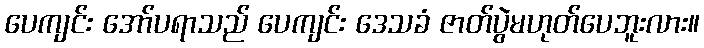
ပေကျင်း အော်ပရာသည် ပေကျင်း ဒေသခံ ဇာတ်ပွဲမဟုတ်ပေဘူးလား။